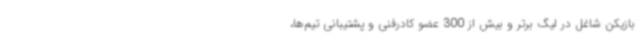
بازیکن شاغل در لیگ برتر و بیش از 300 عضو کادرفنی و پشتیبانی تیم‌ها،